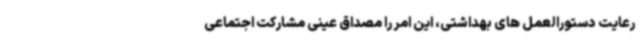
رعایت دستورالعمل های بهداشتی، این امر را مصداق عینی مشارکت اجتماعی